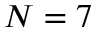
N = 7